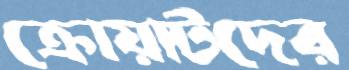
ক্রোয়াটদের